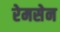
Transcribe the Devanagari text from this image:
रेमसेन